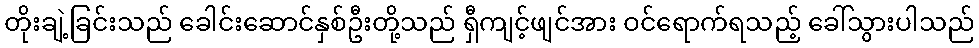
တိုးချဲ့ခြင်းသည် ခေါင်းဆောင်နှစ်ဦးတို့သည် ရှီကျင့်ဖျင်အား ဝင်ရောက်ရသည့် ခေါ်သွားပါသည်